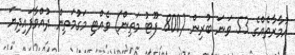
އުމާރާތެއްގެ 53 ވަނަ ބުރިން (800 ފޫޓު މަތިން) ވެއްޓި މަގުމަތިން ދުއްވާފައިދިޔަ